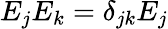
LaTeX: E_{j}E_{k}=\delta_{jk}E_{j}